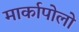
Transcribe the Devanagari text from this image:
मार्कापोलो